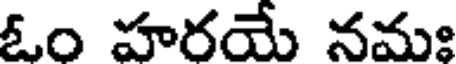
ఓం హరయే నమః